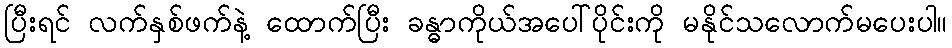
ပြီးရင် လက်နှစ်ဖက်နဲ့ ထောက်ပြီး ခန္ဓာကိုယ်အပေါ်ပိုင်းကို မနိုင်သလောက်မပေးပါ။